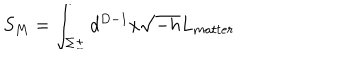
LaTeX: S _ { M } = \int _ { \Sigma \pm } d ^ { D - 1 } x \sqrt { - h } L _ { m a t t e r }